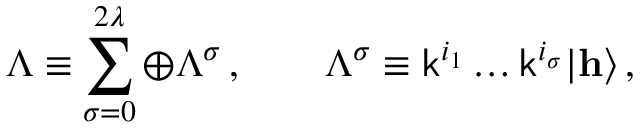
\Lambda \equiv \sum _ { \sigma = 0 } ^ { 2 \lambda } \oplus \Lambda ^ { \sigma } \, , \qquad \Lambda ^ { \sigma } \equiv { \sf k } ^ { i _ { 1 } } \ldots { \sf k } ^ { i _ { \sigma } } | { \bf h } \rangle \, ,